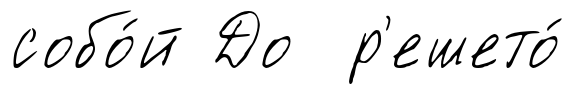
собо́й До р'ешето́